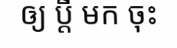
ឲ្យ ប្តី មក ចុះ